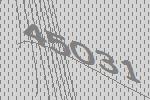
45031